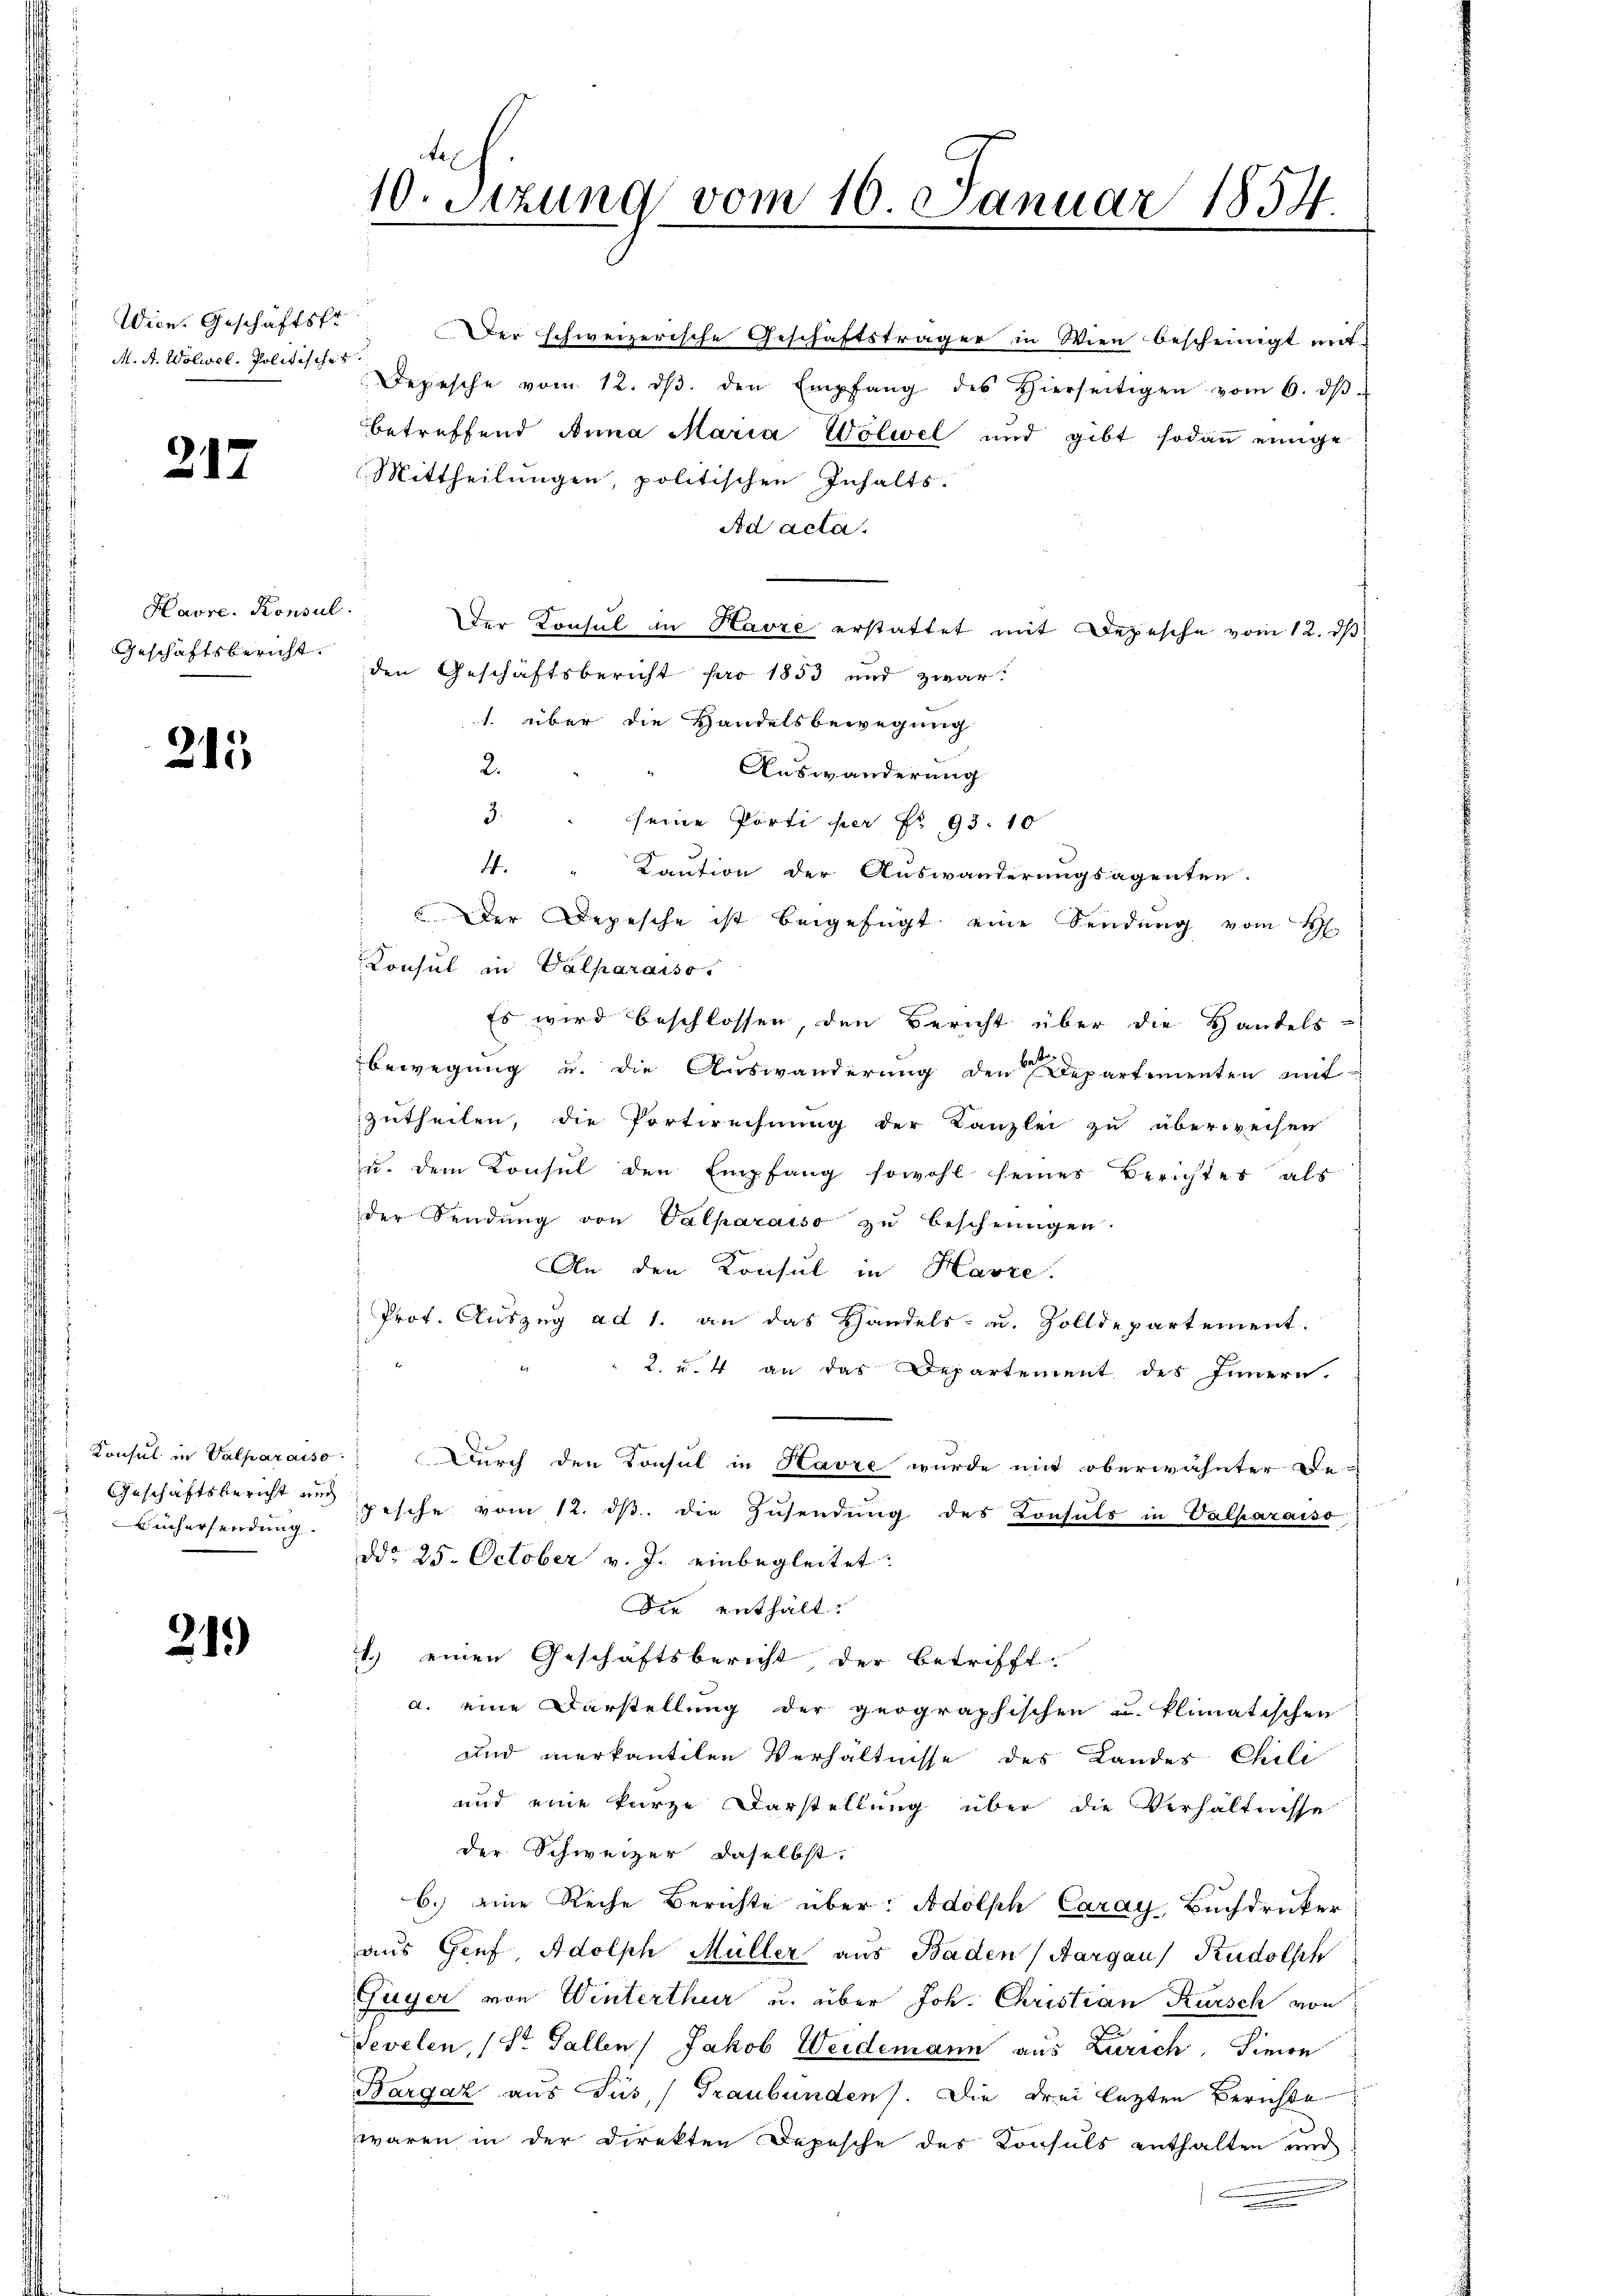
Wien. Geschäftsfr
M. A. Wolwel. Politisches

217

Havre. Konsul
Geschäftsbericht.

213

Konsul in Valparaiso
Geschäftsbericht und
Büchersendung.

21.)

10. Sitzung vom 10. Januar 1854.

Der schweizerische Geschäftsträger in Wien bescheinigt mit-
Depesche vom 12. dβ. den Empfang des Hierseitigen vom 6. dβ.
betreffend Anna Maria Wölwel und gibt sodann einige
Mittheilungen, politischen Inhalts.
Ad acta.
der Konsul in Havre erstattet mit Depesche vom 12. ds
den Geschäftsbericht pro 1853 und zwar:
1. über die Handelsbewegung
2.
Auswanderung
3. " seine Porti per Nr. 93. 10
4. " Kaution der Auswanderungsagenten.
 Der Depesche ist beigefügt eine Sendung vom 4.
Consul in Valparaiso
Es wird beschlossen, den Bericht über die Handels-
bewegung u. die Auswanderung den Departementen mit-
zutheilen, die Portwechnung der Kanzlei zu überweisen
u. dem Konsul den Empfang sowohl seines Berichtes als
der Sendŭng von Valparaiso zŭ bescheinigen.
An den Konsul in Havre.
Prot. Auszug ad 1. an das Handels- u. Zolldepartement.
2. u. 4 an das Departement des Innern.
Durch den Konsul in Havre wurde mit oberwähnter Be-
pesche vom 12. dβ. die Zŭsendung des Consuls in Valparaiso
ddo 25. October v. J. einbegleitet.
Die enthalt.
1.) einen Geschäftsbericht, der betrifft
a. eine Darstellung der geographischen u. klimatischen
und merkantilen Verhältnisse des Landes Chili
und eine kurze Darstellung über die Verhältnisse
der Schweizer daselbst.
6.) eine Reche Berichte über: Adolph Caray, Buchdrucker
aus Genf Adolph Müller aus Baden, Aargau) Rudolsch
Fuyer von Winterthur u. über Joh. Christian Kursch von
Sevelen, (St. Gallen Jakob Weidemann aus Zürich, Simon
Bargaz aus Tüs, Graubünden). Die drei letzten Berichte
waren in der Direkten Depesche des Konsuls enthalten und
.